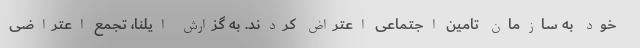
خود به سازمان تامین اجتماعی اعتراض کردند. به گزارش ایلنا، تجمع اعتراضی